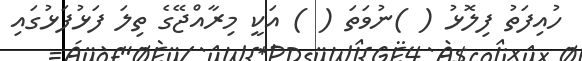
ހުއިފަތު ފިލޮޅު ( )ނުވަތަ ( ) އަކީ މިރާއްޖޭގެ ތިލަ ފަޅުފަޅުގައި